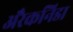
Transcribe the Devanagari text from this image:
अरैकनिडा